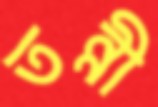
তন্নী